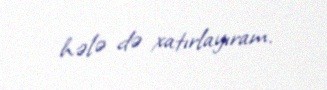
hələ də xatırlayıram.